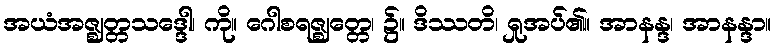
အယံအဇ္ဈတ္တသဒ္ဒေါ၊ ကို။ ဂေါစရဇ္ဈတ္တေ၊ ၌။ ဒိဿတိ၊ ရှုအပ်၏။ အာနန္ဒ၊ အာနန္ဒာ။